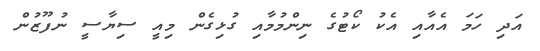
އަދި ހަމަ އެއާއި އެކު ކޯޓުގެ ނިންމުމާއި ގުޅިގެން މިއީ ސިޔާސީ ނުފޫޒުން